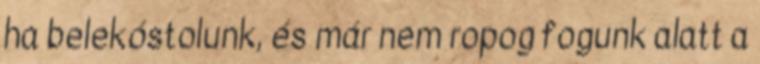
ha belekóstolunk, és már nem ropog fogunk alatt a